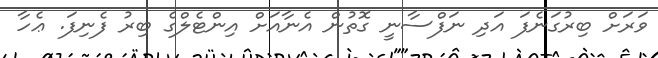
ވަރަށް ބިރުގަނެފަ އަދި ނަފްސާނީ ގޮތުން އެނާއަށް އިންޓެލްގެ ބިރު ފެނިފަ. ޢެހާ